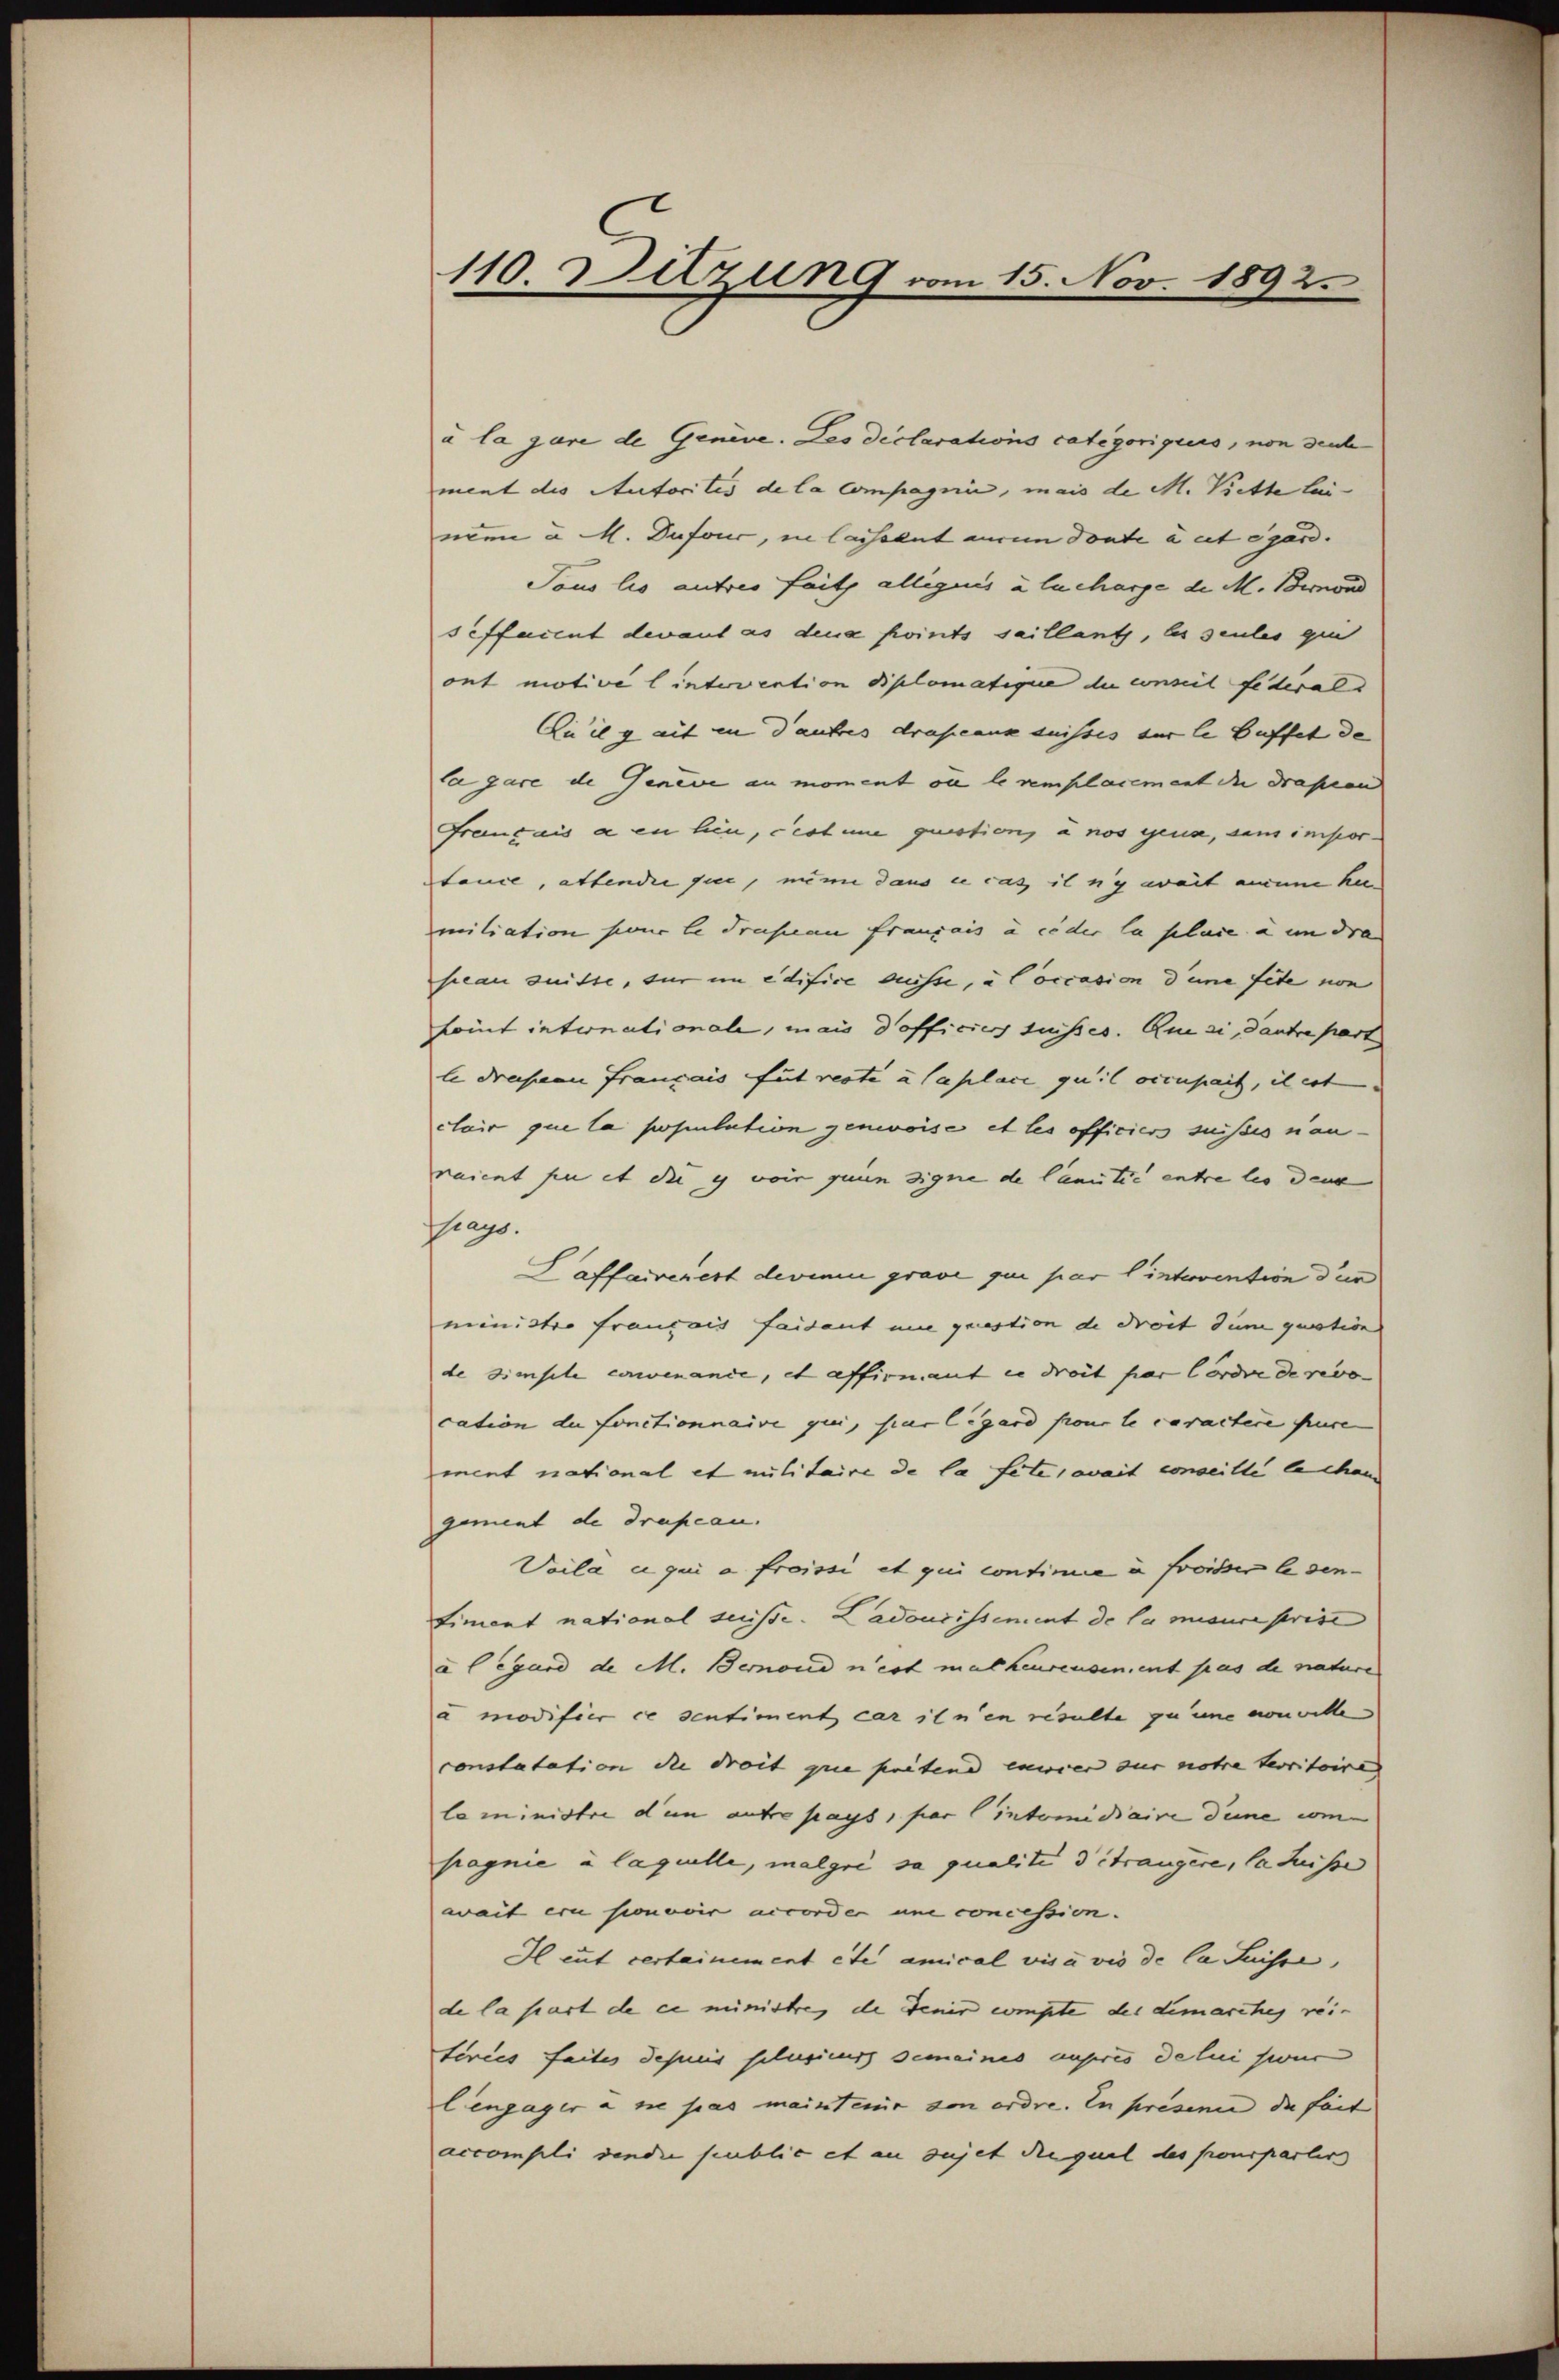
à la jure de Genève. Les declarations Categoriques, von deut
ment des Autoritis de la Compagnie, mais de M. Kette lie
nen u. M. Dufour, in lassolut ain donte aut égard.
Tous lis autres faits allegiuis à lucharge de M. Bernord
seffacent devant es dena points saillants, es seules quit
ont motive lintervention diplomatigere du conseil federal
Zu il y ait in dautres drascause suisses für le Suffet de
la gare de Geneve au moment ou le remplacement die drasion
Français à en lieu, cestime question, à nos gena, aus impor-
tance, attendii sie, nun dans ce cas it nich weit einem her
mitiation pour le Prasilan français à ceder la place à un dra
seau suchte, sur im edifice desse, u loccasion deine fite von
komt internationale, mais d’officier suisses. Quai, dantre part
le dresnen franzais fut reste à laplace quit occusait, il est
cluir que la population genevoise et les officiers suisses nan
raient sie et die es voir quin signe de lantie entre les denk
Prays.
Haffairerert derium grave qui par l’intervention dur
ministro français faidant nie question de droit dum quation
de simple convenance, et affirnant in droit par Cordre de revo
cation du fonctionnaire qui, sur legard four le caractere fre
ment national et militaire de la fete, weit conseille la chan
gement de Drapean.
Voila u qui a froissi et qui continie in froisses lesen-
Fiment national suisse. Ladoucissement de la misure prise
a legard de M. Bernoud n’est malheurensen ent pas de nature
a modifier ce sentiment car ihnen resulte zu une nouville
constatation die droit que pretend einer zur notre territoire
leministre den antre pays, par lintomidiaire deine com-
pagnie à laquelle, malgri sa qualité détrangere, la Suisse
wait eri sioneoir accorder une concession.
I eut certainement etc amical visa vis de la Suisse,
de la sart de ce ministe, de denir compte des demaritag rei-
feries faites depuis sclusieurs gemeines unseres de lui sur
lengager u sie pas maintenir von ordre. In presen die fait
accompli den die public et au sujet duquel des pouspartiers

110. Dazung vom 15. Nov. 1892.